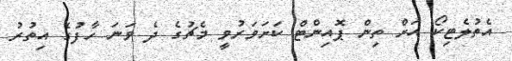
އެތުލެޓިކޯ އަށް ތިން ޕޮއިންޓް ކަށަވަރުވީ މެޗުގެ ދެ ވަނަ ހާފުގެ އިތުރު